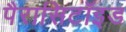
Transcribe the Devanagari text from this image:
पैरासिटॉइड